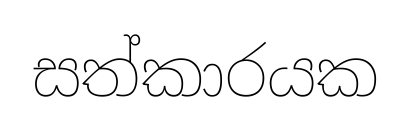
සත්කාරයක